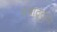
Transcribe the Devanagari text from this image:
पयाट्टूका